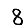
Digit: 8